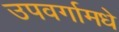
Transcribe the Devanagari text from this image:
उपवर्गामधे